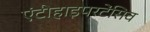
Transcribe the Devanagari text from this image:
एंटीहाइपरटेंसिव